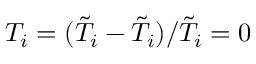
T _ { i } = ( \tilde { T } _ { i } - \tilde { T } _ { i } ) / \tilde { T } _ { i } = 0